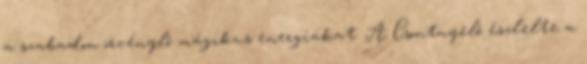
a szabadon örvénylő mágikus energiákat. A Csontnyelő észlelte a